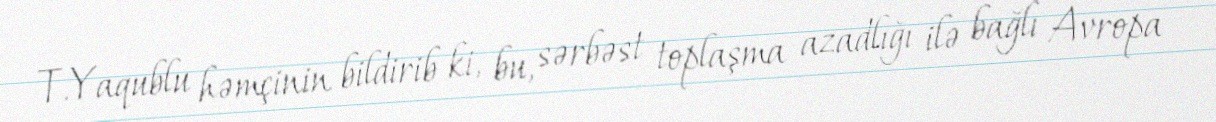
T.Yaqublu həmçinin bildirib ki, bu, sərbəst toplaşma azadlığı ilə bağlı Avropa